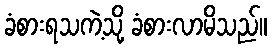
ခံစားရသကဲ့သို့ ခံစားလာမိသည်။